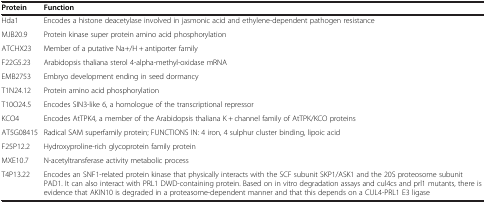
<table><thead><tr><td><b>Protein</b></td><td><b>Function</b></td></tr></thead><tbody><tr><td>Hda1</td><td>Encodes a histone deacetylase involved in jasmonic acid and ethylene-dependent pathogen resistance</td></tr><tr><td>MJB20.9</td><td>Protein kinase super protein amino acid phosphorylation</td></tr><tr><td>ATCHX23</td><td>Member of a putative Na+/H + antiporter family</td></tr><tr><td>F22G5.23</td><td>Arabidopsis thaliana sterol 4-alpha-methyl-oxidase mRNA</td></tr><tr><td>EMB2753</td><td>Embryo development ending in seed dormancy</td></tr><tr><td>T1N24.12</td><td>Protein amino acid phosphorylation</td></tr><tr><td>T10O24.5</td><td>Encodes SIN3-like 6, a homologue of the transcriptional repressor</td></tr><tr><td>KCO4</td><td>Encodes AtTPK4, a member of the Arabidopsis thaliana K + channel family of AtTPK/KCO proteins</td></tr><tr><td>AT5G08415</td><td>Radical SAM superfamily protein; FUNCTIONS IN: 4 iron, 4 sulphur cluster binding, lipoic acid</td></tr><tr><td>F25P12.2</td><td>Hydroxyproline-rich glycoprotein family protein</td></tr><tr><td>MXE10.7</td><td>N-acetyltransferase activity metabolic process</td></tr><tr><td>T4P13.22</td><td>Encodes an SNF1-related protein kinase that physically interacts with the SCF subunit SKP1/ASK1 and the 20S proteosome subunit PAD1. It can also interact with PRL1 DWD-containing protein. Based on in vitro degradation assays and cul4cs and prl1 mutants, there is evidence that AKIN10 is degraded in a proteasome-dependent manner and that this depends on a CUL4-PRL1 E3 ligase</td></tr></tbody></table>